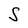
Character: S